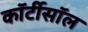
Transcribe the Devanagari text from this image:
कॉर्टीसॉल